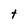
Character: t